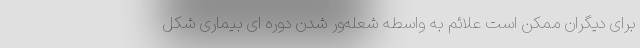
برای دیگران ممکن است علائم به واسطه شعله‌ور شدن دوره ای بیماری شکل